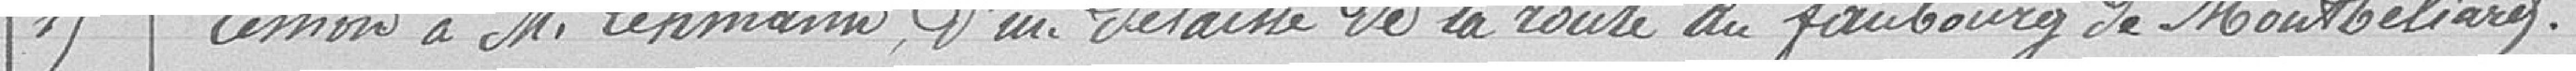
15 - Cession à monsieur Lehmann, d'un délaissé de la route du faubourg de Montbéliard